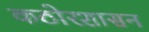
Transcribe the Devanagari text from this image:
कठोरशासन